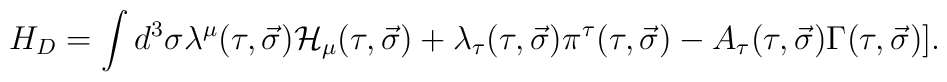
H_D=\int d^3\sigma \lambda^{\mu}(\tau ,\vec \sigma ){\cal H}_{\mu}(\tau ,\vec \sigma )+\lambda_{\tau}(\tau ,\vec \sigma )\pi^{\tau}(\tau ,\vec \sigma )-A_{\tau}(\tau ,\vec \sigma )\Gamma (\tau ,\vec \sigma )].